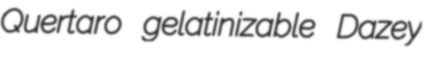
Quertaro gelatinizable Dazey